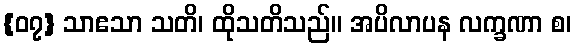
{၀၇} သာဧသာ သတိ၊ ထိုသတိသည်။ အပိလာပန လက္ခဏာ စ၊